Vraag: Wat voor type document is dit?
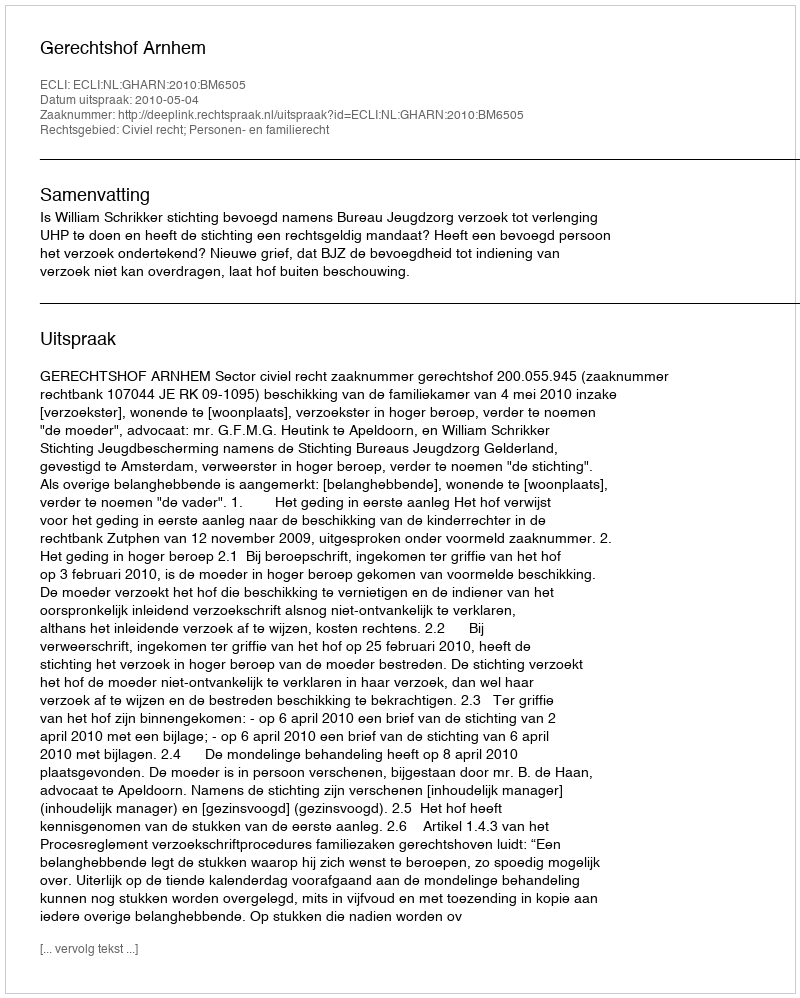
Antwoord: Uitspraak